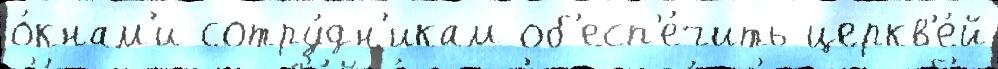
о́кнам'и сотру́дн'икам об'есп'е́чить церкв'е́й